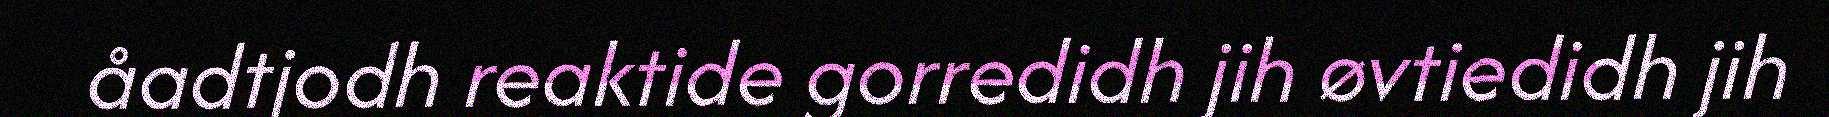
åadtjodh reaktide gorredidh jih øvtiedidh jih